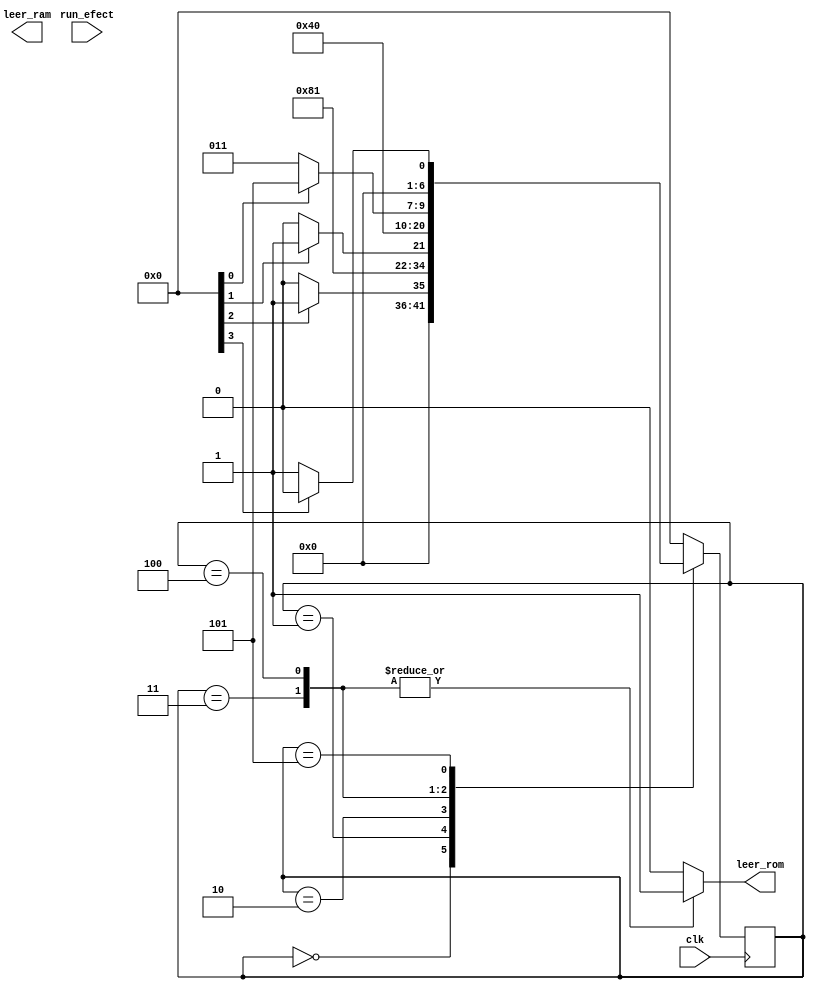
module control_leds(
	input clk,
	input run_efect,
	output reg leer_ram,
	output reg leer_rom
	);
	
	reg [6:0] current_state;
	reg [6:0] next_state;
	
	parameter start=7'b0000000, state_1=7'b0000001, state_2=7'b0000010, state_3=7'b0000011, state_4=7'b0000100, state_5=7'b0000101;//,state_1p=7'b0000110; 

	always @(top_ascci or done or top_col or leer_ram or new_string or current_state)begin
		case(current_state)
     		start: 	begin			//encendido esperando new string
						
								add_dirram=1'b0;
								reset_dirram=1'b1;
								add_col=1'b0;
								reset_col=1'b1;
								add_ascci=1'b0;
								reset_ascci=1'b1;
								leer_rom=1'b0;	
								init=0;
			
						if (new_string==1'b1) next_state<=state_1;
						else next_state<=start;
					end
			
			state_1:	begin 		//inicial multiplicacion
								add_dirram=1'b0;
								reset_dirram=1'b0;
								add_col=1'b0;
								reset_col=1'b0;
								add_ascci=1'b0;
								reset_ascci=1'b0;
								leer_rom=1'b0;
								init=1;
						
						next_state<=state_2;
					end
			/*state_1p:	begin 		//doble inint multiplicacion
								add_dirram=1'b0;
								reset_dirram=1'b0;
								add_col=1'b0;
								reset_col=1'b0;
								add_ascci=1'b0;
								reset_ascci=1'b0;
								leer_rom=1'b0;
								init=1;
						
						next_state<=state_2;
					end*/
			state_2:	begin 		//esperando fin multiplicacion
								add_dirram=1'b0;
								reset_dirram=1'b0;
								add_col=1'b0;
								reset_col=1'b0;
								add_ascci=1'b0;
								reset_ascci=1'b0;
								leer_rom=1'b0;
								init=0;
						if(done==1'b1) next_state<=state_3;
					else next_state<=state_2;
					end
			
			state_3:	begin 		//lee y guarda columna de rom a ram
								add_dirram=1'b0;
								reset_dirram=1'b0;
								add_col=1'b0;
								reset_col=1'b0;
								add_ascci=1'b0;
								reset_ascci=1'b0;
								leer_rom=1'b1;
								init=0;

						next_state<=state_4;
					end
			state_4:	begin		//pasa a sigiente columna
								add_dirram=1'b1;
								reset_dirram=1'b0;
								add_col=1'b1;
								reset_col=1'b0;
								add_ascci=1'b0;
								reset_ascci=1'b0;
								leer_rom=1'b1;
								init=0;
						if (top_col == 1'b1) next_state<=state_5;
						else next_state<=state_3;
						
					end
			state_5:	begin		// pasa a sigiente ascci
								add_dirram=1'b1;
								reset_dirram=1'b0;
								add_col=1'b0;
								reset_col=1'b1;
								add_ascci=1'b1;
								reset_ascci=1'b0;
								leer_rom=1'b0;
								init=0;
						if (top_ascci==1'b1)next_state<=start;
						else next_state<=state_1;

					end
			/*state_4:	begin		// Aumento de vueltas
								add_dirram=1'b0;
								reset_dirram=1'b1;
								add_col=1'b0;
								reset_col=1'b1;
								add_ascci=1'b0;
								reset_ascci=1'b1;
								enram=1'b0;
								leer_ram=1'b0;
						
						if (top_1==1'b1)next_state<=state_5;
						else next_state<=state_1;
			
					end*/
			default:
					begin
								add_dirram=1'b0;
								reset_dirram=1'b0;
								add_col=1'b0;
								reset_col=1'b0;
								add_ascci=1'b0;
								reset_ascci=1'b0;
								leer_rom=1'b0;
								init=0;
						next_state<=start;
					end
		endcase
	end	

	always @(negedge clk) begin
	    current_state<=next_state;	
	end
endmodule